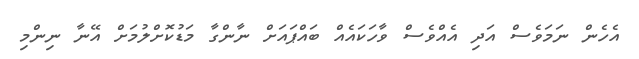
އެހެން ނަމަވެސް އަދި އެއްވެސް ވާހަކައެއް ބައްޕައަށް ނާންގާ މަޑުކޮށްލުމަށް އޭނާ ނިންމި